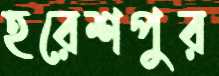
হরেশপুর